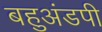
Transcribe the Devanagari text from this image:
बहुअंडपी